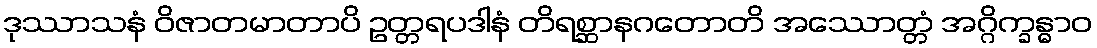
ဒုဿာသနံ ဝိဇာတမာတာပိ ဥတ္တရပဒါနံ တိရစ္ဆာနဂတောတိ အဿောတ္တံ အဂ္ဂိက္ခန္ဓာဝ